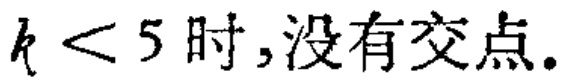
\(k < 5\)时,没有交点.